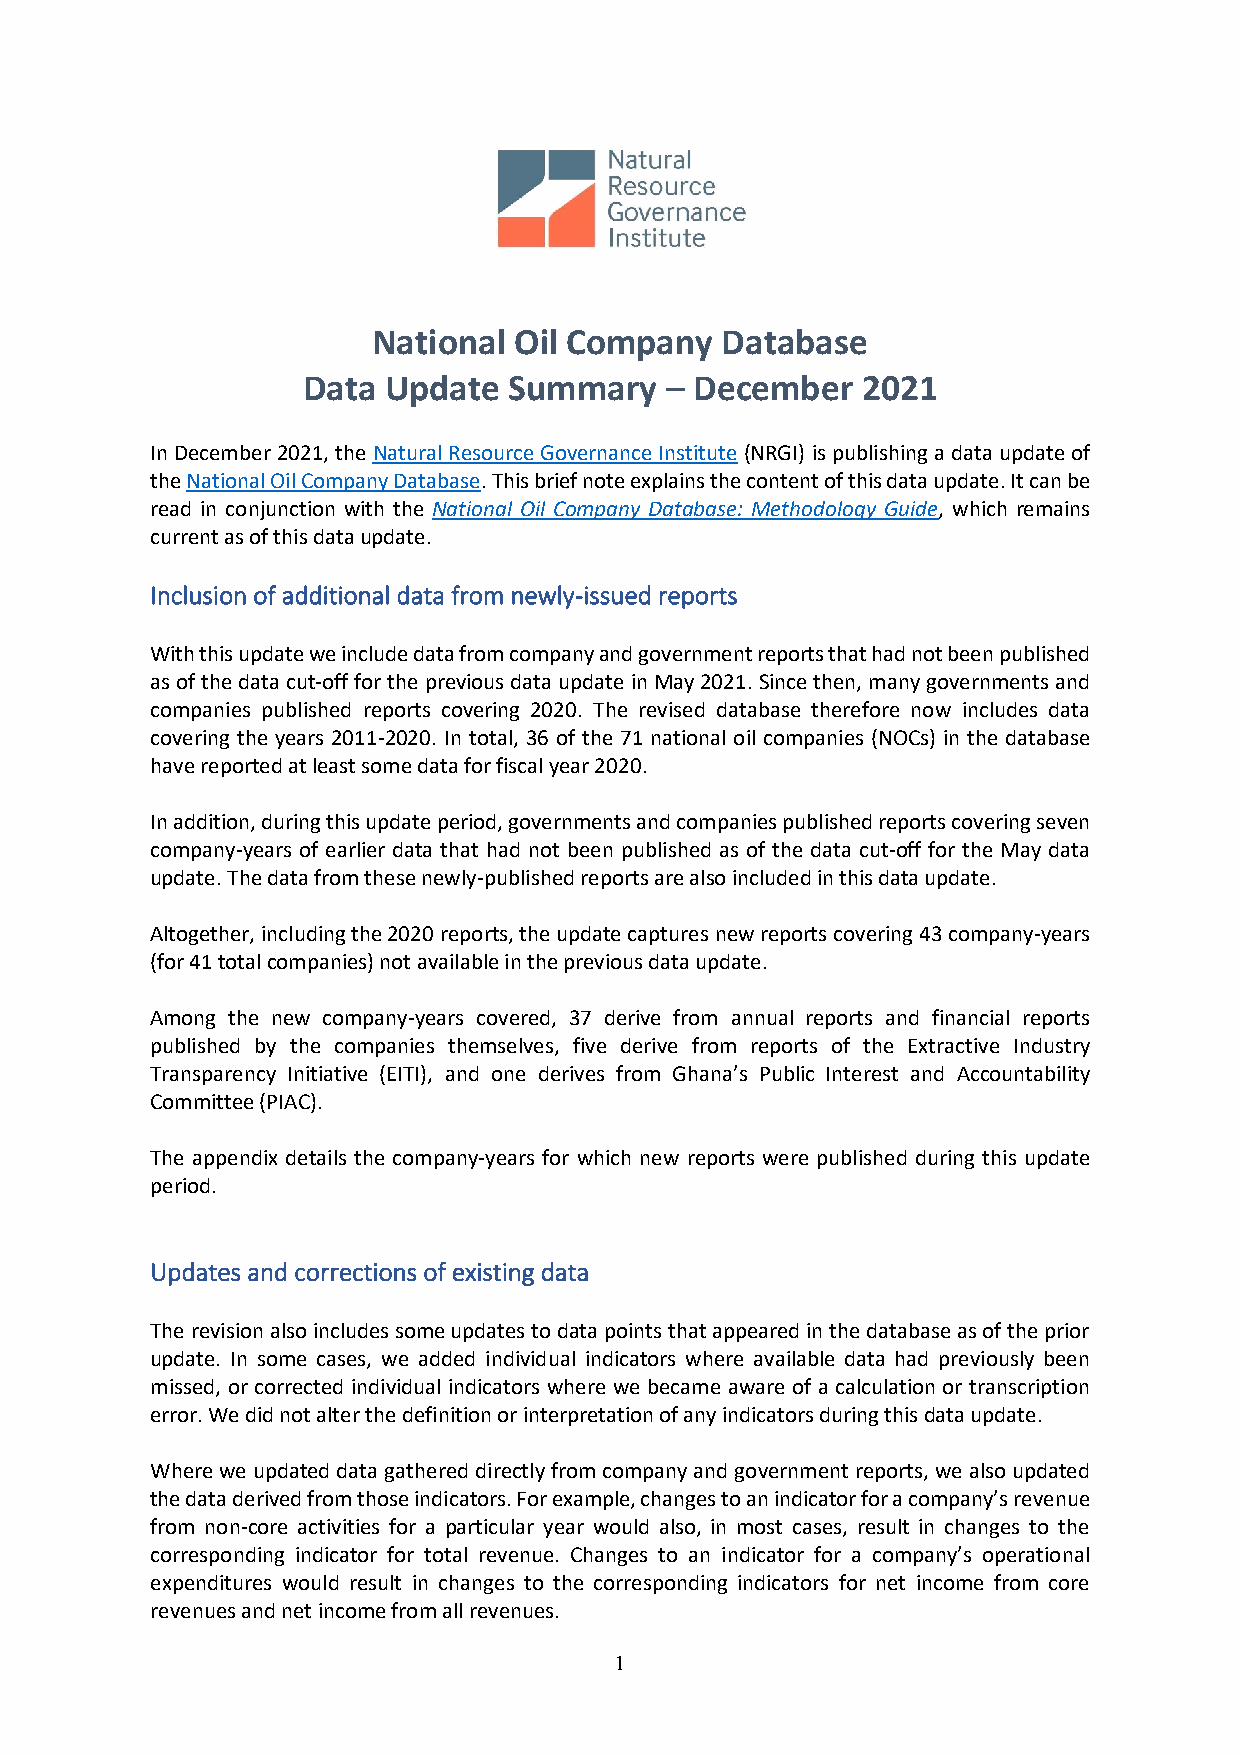
National Oil Company   Database
 Data Update   Summary   – December   2021
 In December 2021, the Natural Resource Governance Institute (NRGI) is publishing a data update of
 the National Oil Company Database. This brief note explains the content of this data update. It can be
 read in conjunction with the National Oil Company Database: Methodology Guide, which remains
 current as of this data update.
 Inclusion of additional data from newly-issued reports
 With this update we include data from company and government reports that had not been published
 as of the data cut-off for the previous data update in May 2021. Since then, many governments and
 companies published reports covering 2020. The revised database therefore now includes data
 covering the years 2011-2020. In total, 36 of the 71 national oil companies (NOCs) in the database
 have reported at least some data for fiscal year 2020.
 In addition, during this update period, governments and companies published reports covering seven
 company-years of earlier data that had not been published as of the data cut-off for the May data
 update. The data from these newly-published reports are also included in this data update.
 Altogether, including the 2020 reports, the update captures new reports covering 43 company-years
 (for 41 total companies) not available in the previous data update.
 Among the new company-years covered, 37 derive from annual reports and financial reports
 published by the companies themselves, five derive from reports of the Extractive Industry
 Transparency Initiative (EITI), and one derives from Ghana’s Public Interest and Accountability
 Committee (PIAC).
 The appendix details the company-years for which new reports were published during this update
 period.
 Updates and corrections of existing data
 The revision also includes some updates to data points that appeared in the database as of the prior
 update. In some cases, we added individual indicators where available data had previously been
 missed, or corrected individual indicators where we became aware of a calculation or transcription
 error. We did not alter the definition or interpretation of any indicators during this data update.
 Where we updated data gathered directly from company and government reports, we also updated
 the data derived from those indicators. For example, changes to an indicator for a company’s revenue
 from non-core activities for a particular year would also, in most cases, result in changes to the
 corresponding indicator for total revenue. Changes to an indicator for a company’s operational
 expenditures would result in changes to the corresponding indicators for net income from core
 revenues and net income from all revenues.
 1